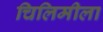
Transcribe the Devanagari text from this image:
चिलिमीला